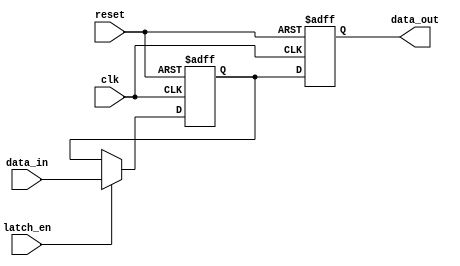
module sequential_logic_block(
    input wire clk,
    input wire reset,
    input wire data_in,
    input wire latch_en,
    output reg data_out
);

reg latch_out;
reg dff_out;

always @(posedge clk or posedge reset) begin
    if (reset) begin
        latch_out <= 1'b0;
        dff_out <= 1'b0;
    end else begin
        if (latch_en) begin
            latch_out <= data_in;
        end
        dff_out <= latch_out;
    end
end

assign data_out = dff_out;

endmodule